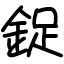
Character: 鋜